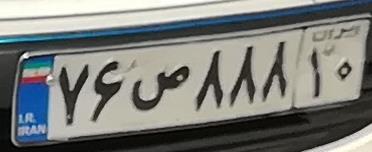
۷۶ص۸۸۸۱۰